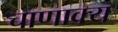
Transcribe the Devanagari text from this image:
चाणाक्य